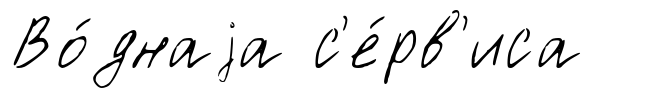
Во́днаjа с'е́рв'иса